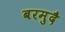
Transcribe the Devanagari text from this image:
बरमुदै